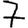
Digit: 7